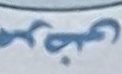
مرضى